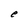
Character: e